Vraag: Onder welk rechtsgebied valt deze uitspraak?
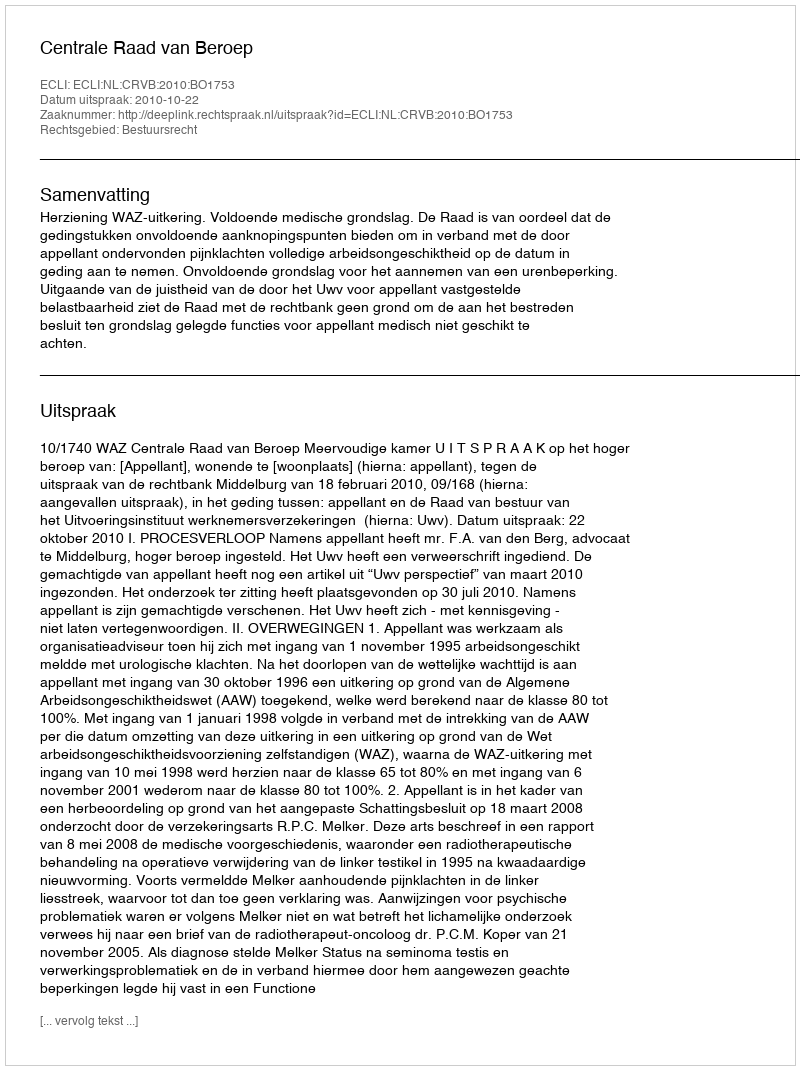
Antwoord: Bestuursrecht